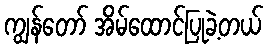
ကျွန်တော် အိမ်ထောင်ပြုခဲ့တယ်